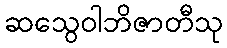
ဆသွေဝါဘိဇာတီသု